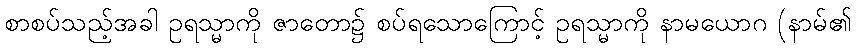
စာစပ်သည့်အခါ ဥရသ္မာကို ဇာတော၌ စပ်ရသောကြောင့် ဥရသ္မာကို နာမယောဂ (နာမ်၏